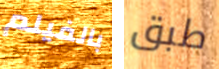
بالفيلم طبق